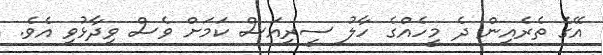
އޭގެ ތެރެއިން ދެ މީހެއްގެ ހާލު ސީރިއަސް ކަމަށް ވެސް ވިދާޅުވި އެވެ.